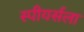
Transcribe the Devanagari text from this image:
स्पीयर्सला